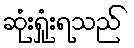
ဆုံးရှုံးရသည်